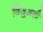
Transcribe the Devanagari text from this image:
विज़ुअली